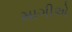
માગીએ